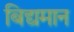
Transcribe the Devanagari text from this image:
बिद्यमान